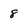
Character: 8